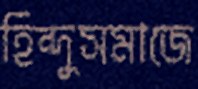
হিন্দুসমাজে